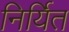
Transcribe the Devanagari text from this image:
निर्यित